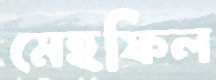
মেহফিল